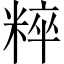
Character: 粹